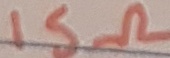
Text: 15Ω